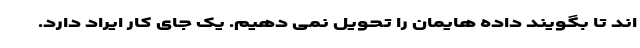
اند تا بگویند داده هایمان را تحویل نمی دهیم. یک جای کار ایراد دارد.